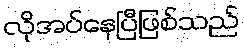
လိုအပ်နေပြီဖြစ်သည်